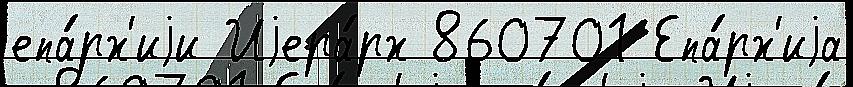
епа́рх'иjи Иjера́рх 860701 Епа́рх'иjа